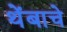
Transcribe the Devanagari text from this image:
थेंबाचे